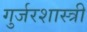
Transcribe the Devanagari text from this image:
गुर्जरशास्त्री